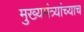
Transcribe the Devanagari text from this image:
मुख्यमंत्र्यांच्याच